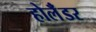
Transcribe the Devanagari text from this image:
होलॅंडर